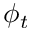
\phi _ { t }